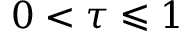
0 < \tau \leqslant 1